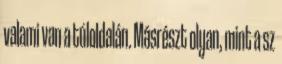
valami van a túloldalán. Másrészt olyan, mint a sz